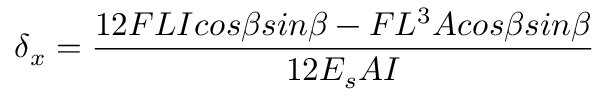
\delta { _ x } = \frac { 1 2 F L I c o s \beta s i n \beta - F L ^ { 3 } A c o s \beta s i n \beta } { 1 2 E _ { s } A I }